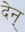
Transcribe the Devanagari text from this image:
देन्